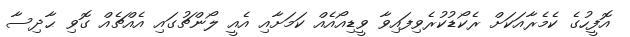
އޮފީހުގެ ކެމެރާއަކަށް ރެކޯޑުކުރެވިފައިވާ ވީޑިއޯއެއް ކަމަށާއި އެއީ ލޯންޗުގައި އެއްޗެއް ގޮވި ޙާދިސާ